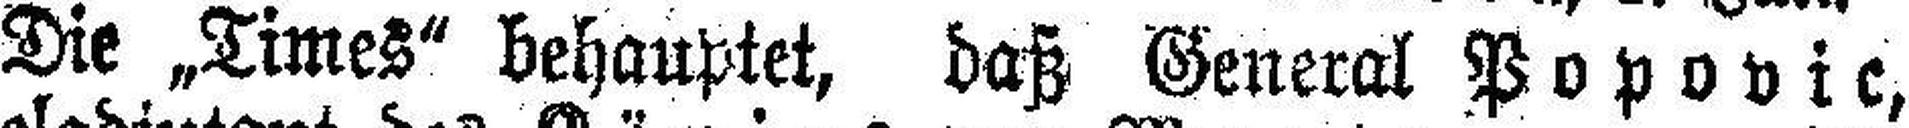
Die „Times“ behauptet, daß General Popovic,